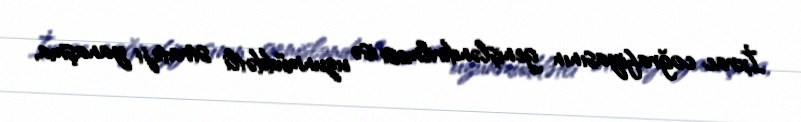
İxrac coğrafiyasının genişləndirilməsi isə uzunmüddətli strateji yanaşma,